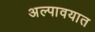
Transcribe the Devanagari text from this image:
अल्पावयात